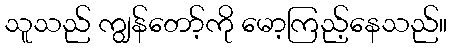
သူသည် ကျွန်တော့်ကို မော့ကြည့်နေသည်။